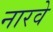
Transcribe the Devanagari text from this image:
नारवे